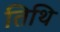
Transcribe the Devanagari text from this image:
तिथि